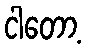
ငါတော့